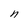
Character: n